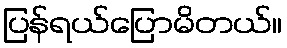
ပြန်ရယ်ပြောမိတယ်။